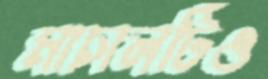
মাচালটিও